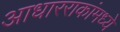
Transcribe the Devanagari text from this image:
आधारराकांमध्ये